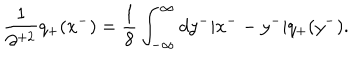
\frac { 1 } { \partial ^ { + 2 } } q _ { + } ( x ^ { - } ) = \frac { 1 } { 8 } \int _ { - \infty } ^ { \infty } d y ^ { - } | x ^ { -- } y ^ { - } | q _ { + } ( y ^ { - } ) .